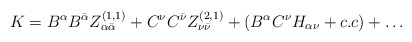
\begin{align*}K = B^{\alpha}B^{\bar \alpha} Z_{\alpha{\bar \alpha}}^{(1,1)} + C^{\nu} C^{\bar \nu} Z_{\nu{\bar \nu}}^{(2,1)} + (B^{\alpha} C^{\nu} H_{\alpha \nu} + c.c) +\dots\end{align*}